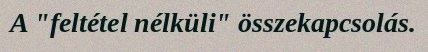
A "feltétel nélküli" összekapcsolás.